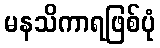
မနသိကာရဖြစ်ပုံ